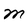
Character: M